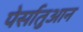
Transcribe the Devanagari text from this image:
पेर्सातुआन